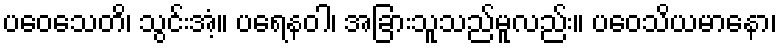
ပဝေသေတိ၊ သွင်းအံ့။ ပရေနဝါ၊ အခြားသူသည်မူလည်း။ ပဝေသိယမာနော၊